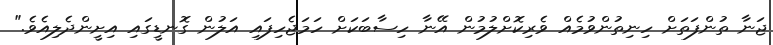
ޖަނާ ތުންފަތަށް ހިނިތުންވުމެއް ވެރިކޮށްލުމުން އޭނާ ހިސާބަކަށް ހަމަޖެހިފައި އަލުން ގޮނޑީގައި އިށީންދެލިއެވެ."